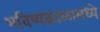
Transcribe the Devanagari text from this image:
भविष्यकाळामध्ये